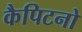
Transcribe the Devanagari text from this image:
कैपिटनो